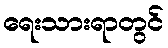
ရေးသားရာတွင်